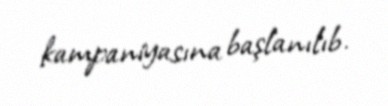
kampaniyasına başlanılıb.